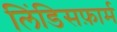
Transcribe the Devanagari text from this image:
लिंडिसफ़ार्म